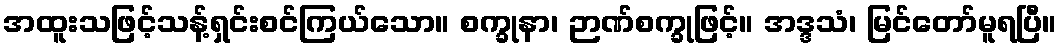
အထူးသဖြင့်သန့်ရှင်းစင်ကြယ်သော။ စက္ခုနာ၊ ဉာဏ်စက္ခုဖြင့်။ အဒ္ဒသံ၊ မြင်တော်မူရပြီ။